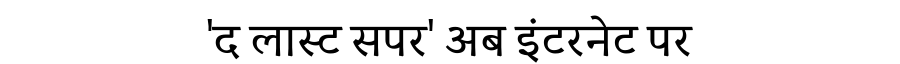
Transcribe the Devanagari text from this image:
'द लास्ट सपर' अब इंटरनेट पर